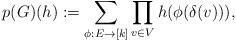
LaTeX: \begin{align*}p(G)(h):=\sum_{\phi:E\to[k]}\prod_{v\in V}h(\phi(\delta(v))),\end{align*}